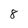
Character: 8